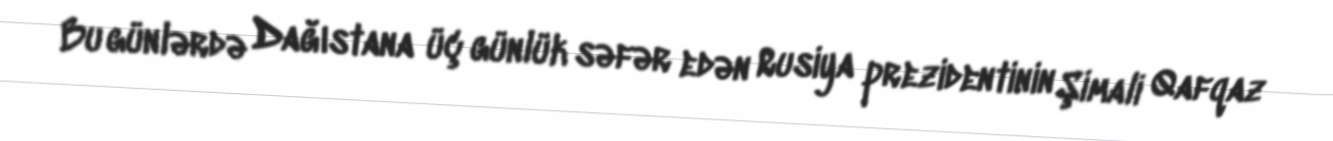
Bu günlərdə Dağıstana üç günlük səfər edən Rusiya prezidentinin Şimali Qafqaz